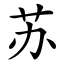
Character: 苏